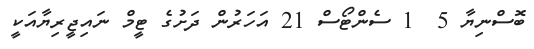
ބޮސްނިޔާ 5  1 ސެންޓޯސް 21 އަހަރުން ދަށުގެ ޓީމް ނައިޖީރިޔާއަކީ